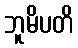
ဘူမိပတိ